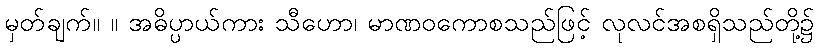
မှတ်ချက်။ ။ အဓိပ္ပာယ်ကား သီဟော၊ မာဏဝကောစသည်ဖြင့် လုလင်အစရှိသည်တို့၌